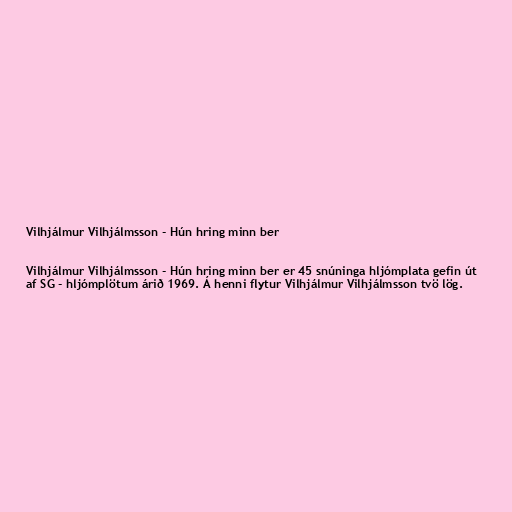
Vilhjálmur Vilhjálmsson - Hún hring minn ber

Vilhjálmur Vilhjálmsson - Hún hring minn ber er 45 snúninga hljómplata gefin út
af SG - hljómplötum árið 1969. Á henni flytur Vilhjálmur Vilhjálmsson tvö lög.